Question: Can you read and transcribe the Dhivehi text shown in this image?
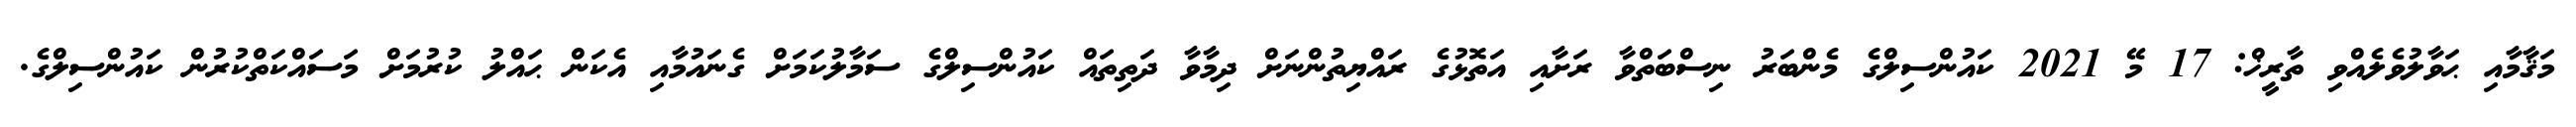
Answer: މަޤާމާއި ޙަވާލުވެލެއްވި ތާރީޚް: 17 މޭ 2021 ކައުންސިލްގެ މެންބަރު ނިސްބަތްވާ ރަށާއި އަތޮޅުގެ ރައްޔިތުންނަށް ދިމާވާ ދަތިތައް ކައުންސިލްގެ ސަމާލުކަމަށް ގެނައުމާއި އެކަން ޙައްލު ކުރުމަށް މަސައްކަތްކުރުން ކައުންސިލްގެ.